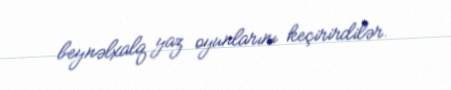
beynəlxalq yaz oyunlarını keçirirdilər.